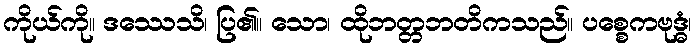
ကိုယ်ကို။ ဒဿေသိ၊ ပြ၏။ သော၊ ထိုဘတ္တဘတိကသည်။ ပစ္စေကဗုဒ္ဓံ၊